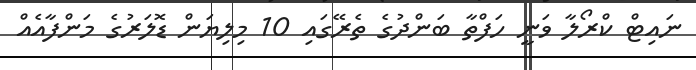
ނައިޓް ކްރޯލާ ވަނީ ހަފްތާ ބަންދުގެ ތެރޭގައި 10 މިިލިޔަން ޑޮލަރުގެ މަންފާއެއް